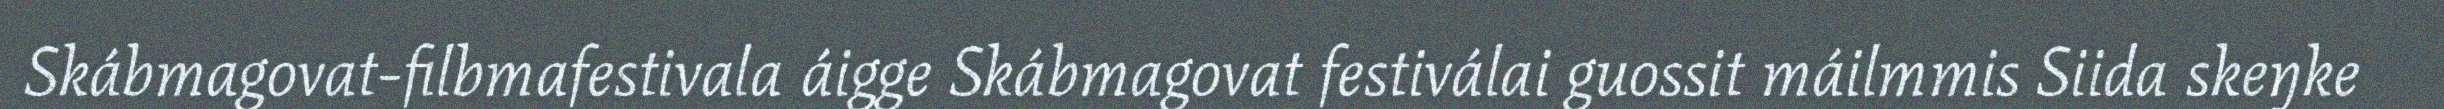
Skábmagovat-filbmafestivala áigge Skábmagovat festiválai guossit máilmmis Siida skeŋke